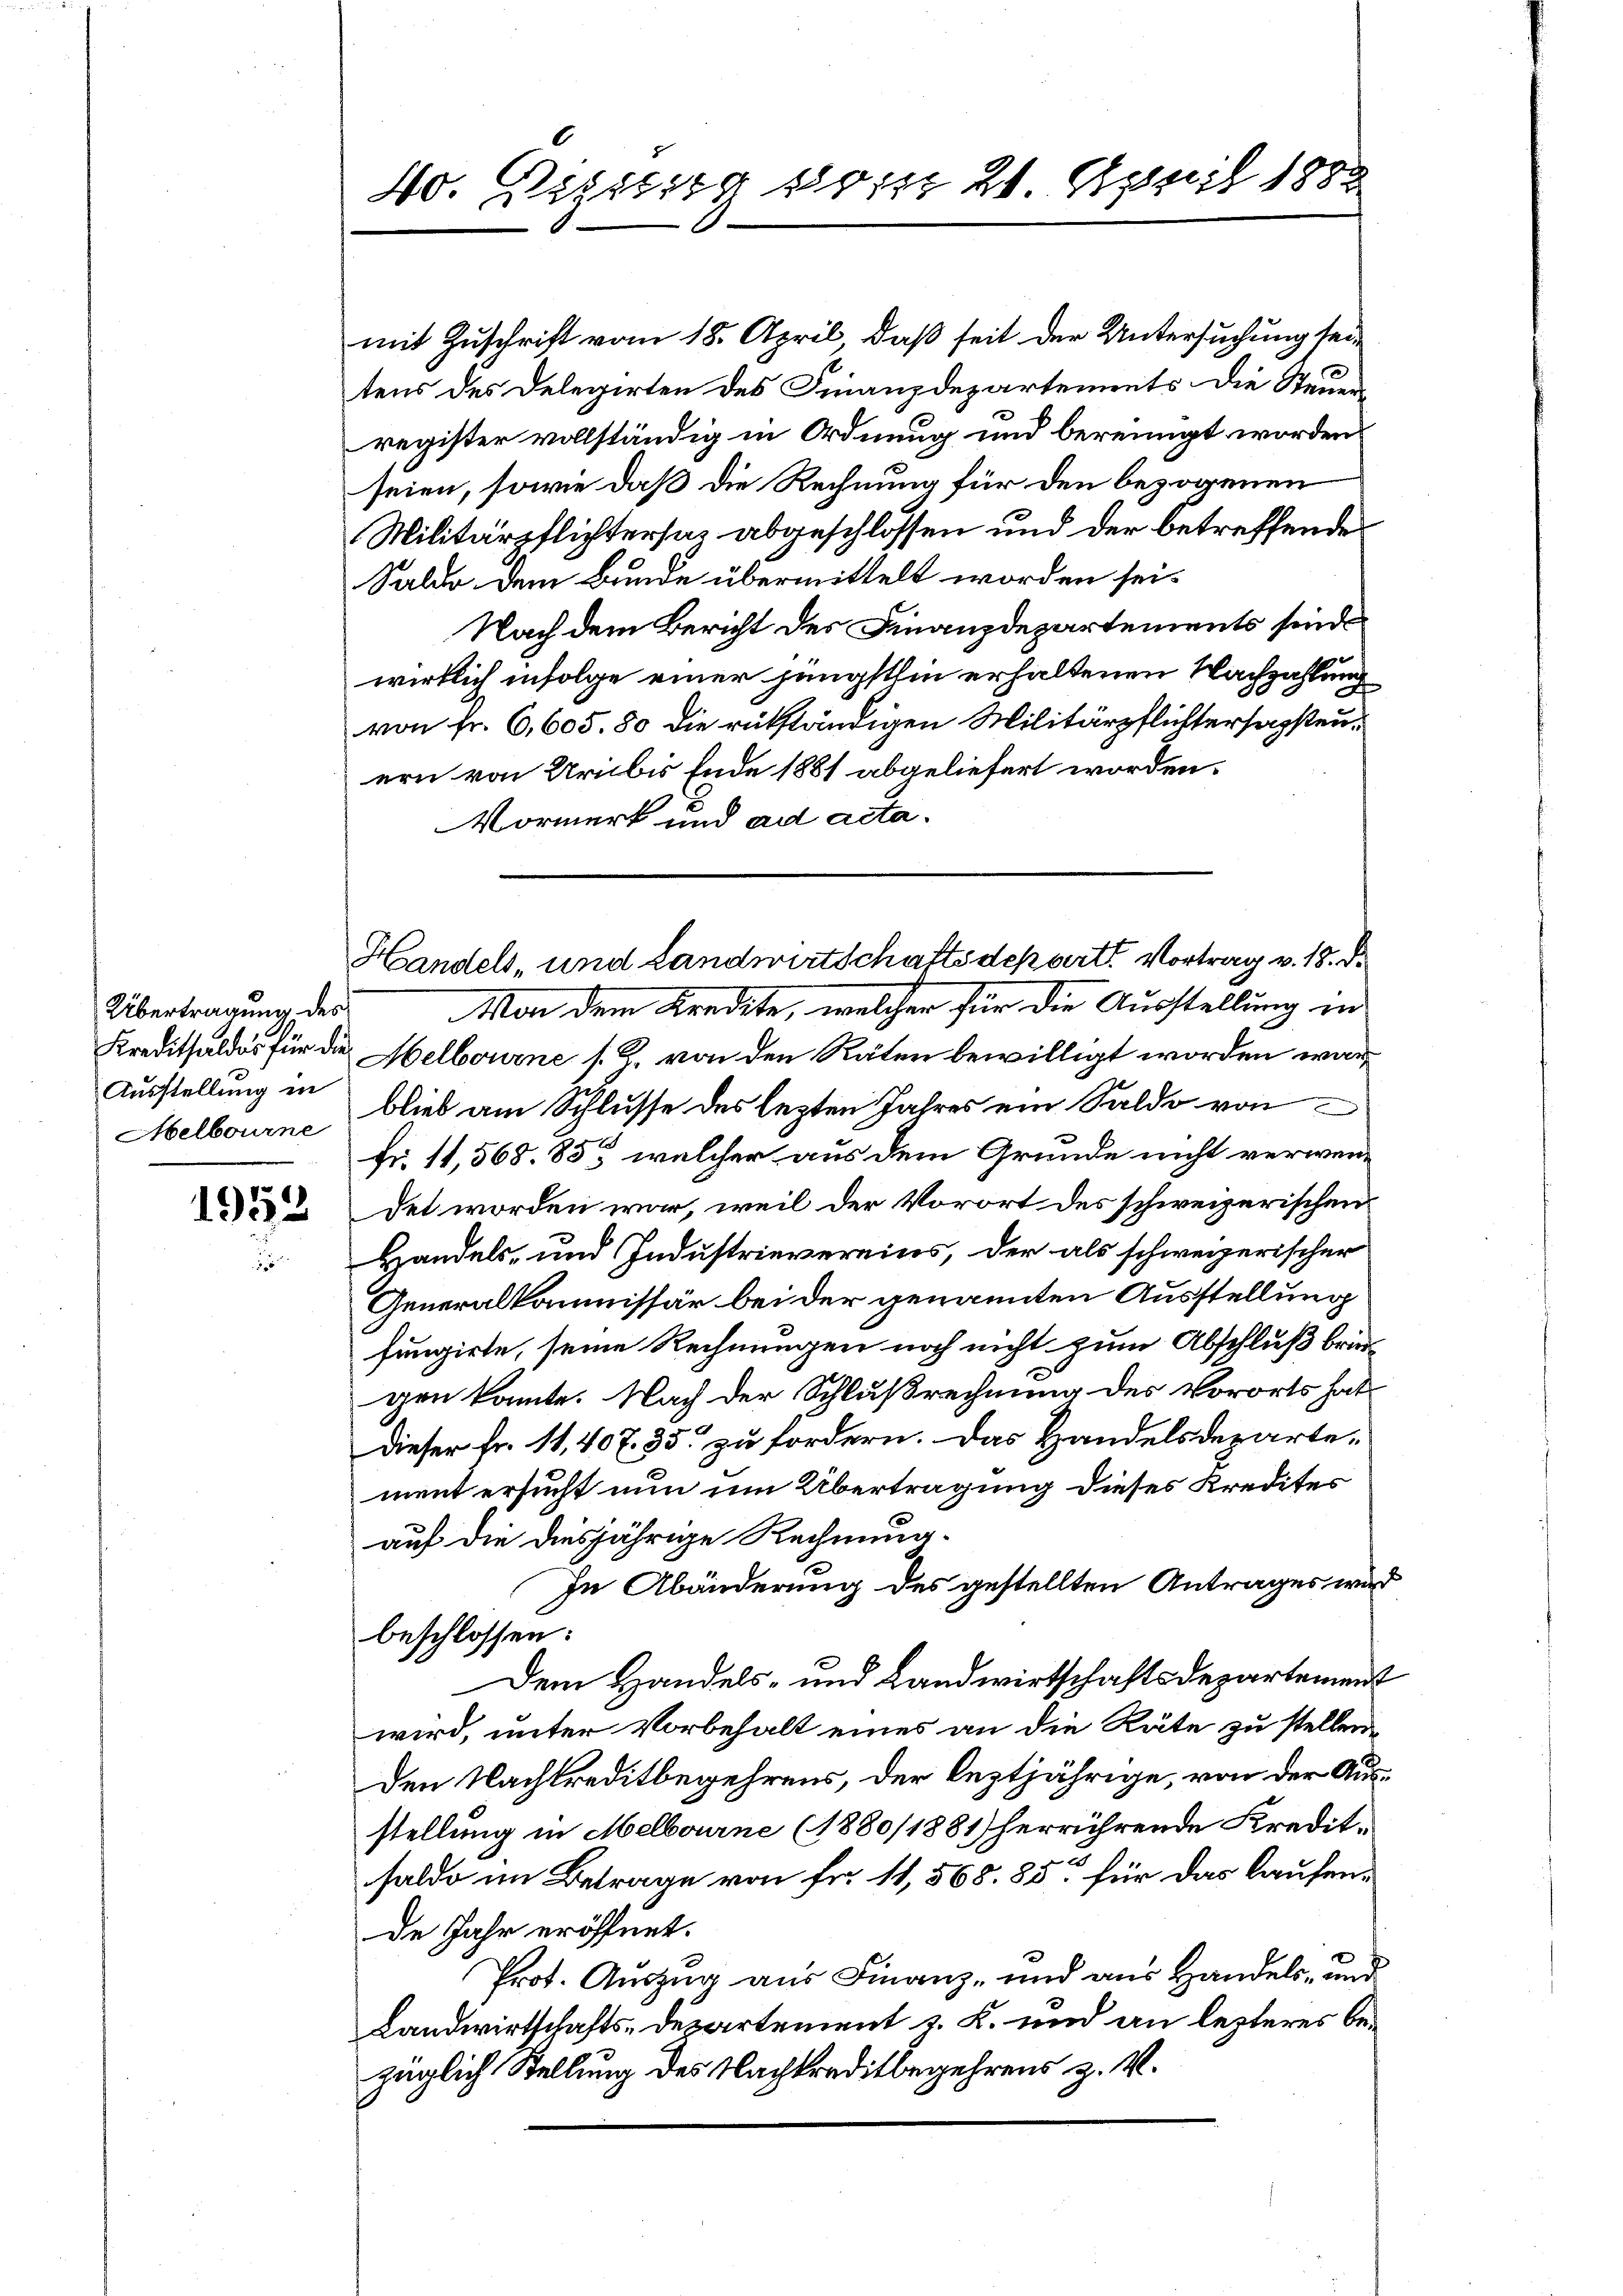
Übertragung des
Ausstellung in
Melbourne

1953

mit Zuschrift vom 18. April, daß seit der Untersuchung seitens des Delegirten des Finanzdepartements die Steuer
register vollständig in Ordnung und bereinigt worden
seien, sowie daß die Rechnung für den bezogenen
Militärpflichtersah abgeschlossen und der betreffende
Saldo dem Bunde übermittelt worden sei.
Nach dem Bericht des Finanzdepartements sind
wirklich infolge einer jüngsthin erhaltenen Nachzahlung
von fr. 6,605. 80 die rükständigen Militärpflichtersagstenern von Uri bis Ende 1881 abgeliefert worden.
ormerk und ad acta.
Man dem Kredite, welcher für die Ausstellung in
Kreditsaldos für die Melbourne 1. 2. von den Räten bewilligt worden war
blieb am Schlusse des lezten Jahres ein Saldo von
Fr. 11,568. 853, welcher aus dem Grunde nicht verwendet worden war, weil der Vorort des schweizerischen
Handels- und Industrievereins, der als schweizerischer
Generalkommissär bei der genannten Ausstellung
fungirte, seine Rechnungen noch nicht zum Abschluß bringen konnte. Nach der Schlußrechnung des Vororts hat
dieser Fr. 11, 407. 35 zu fordern. Das Handelsderartement ersucht nun um Übertragung dieses Kredites
auf die diesjährige Rechnung.
In Abänderung des gestellten Antrages wird
beschlossen:
Dem Handels- und Landwirtschaftsdepartement
wird, unter Vorbehalt eines an die Räte zu stellen,
Den Nachkreditbegehrens, der leztjährige, von der Ausstellung in Melbourne (1880/1881 herrührende Kreditsaldo im Betrage von Fr. 11,568. 85 für das laufende Jahr eröffnet.
Prot. Auszug aus Finanz- und aus Handels- und
Landwirtschafts-Departement z. K. und an lezteres bezüglich Stellung des Nachkreditbegehrens z. V.

40. Dezebirg so ist 21. April 1882

Handels- und Landwirtschaftsdepart. Vortrag v. 18. d.